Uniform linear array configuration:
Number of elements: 16
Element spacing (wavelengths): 0.5
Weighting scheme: hann
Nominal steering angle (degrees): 30
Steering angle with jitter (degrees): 29.461
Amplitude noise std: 0.05
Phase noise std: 0.05

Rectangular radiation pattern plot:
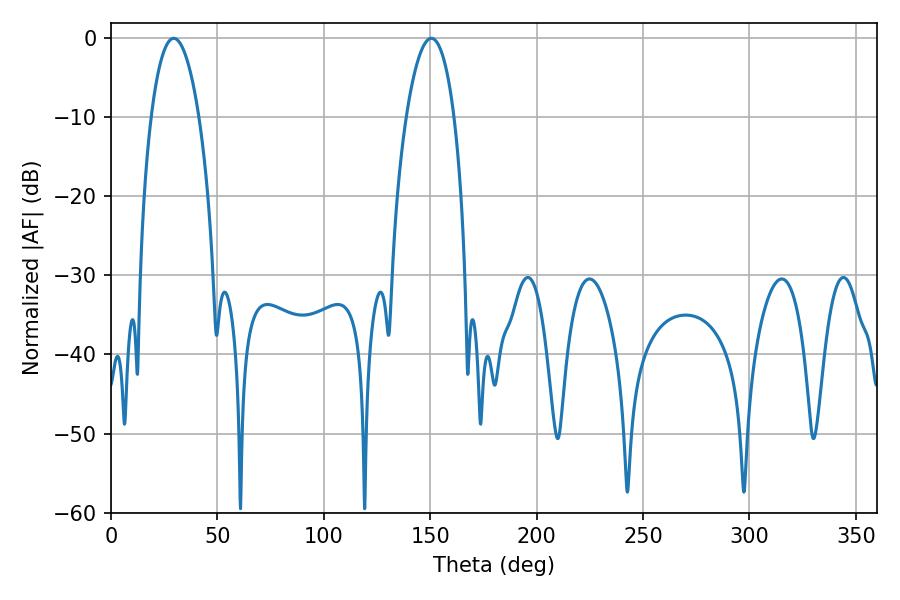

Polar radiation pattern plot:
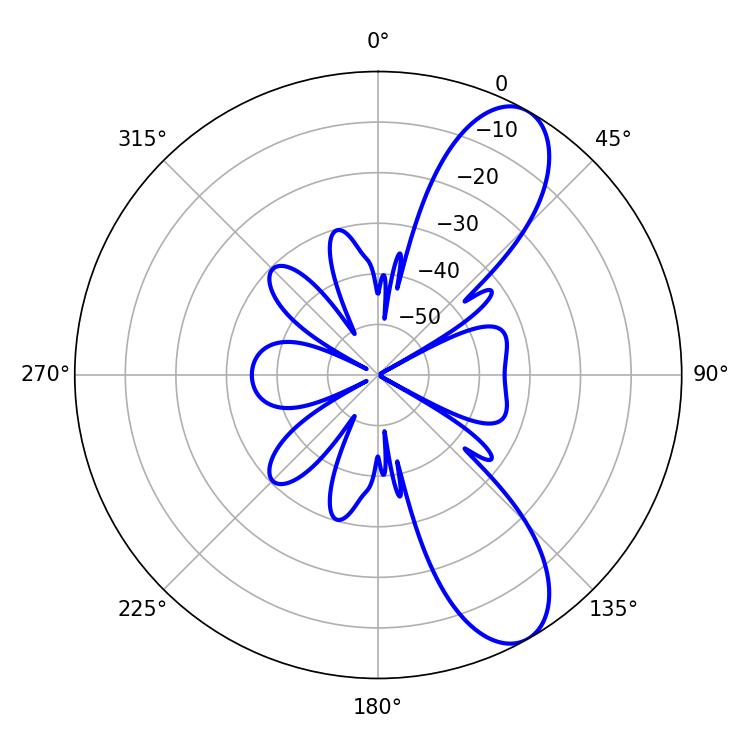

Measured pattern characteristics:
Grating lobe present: FALSE
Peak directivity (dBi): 9.387
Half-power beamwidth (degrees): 12.6
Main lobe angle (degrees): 29.52